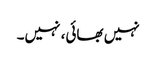
نہیں بھائی، نہیں۔